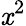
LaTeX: \mathit{x}^{2}